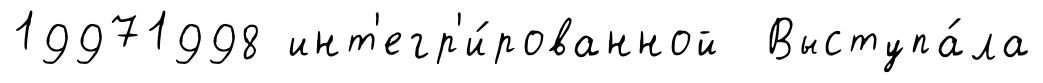
19971998 инт'егр'и́рованной Выступа́ла